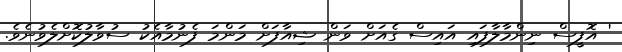
' އޮފީސް ނިންމާލާފައި އައިސް ގެއަށް ވަން ޝިއާފަށް މަންމަ ފެނުމާއެކު ސުވާލުކޮށްލެވުނެވެ.